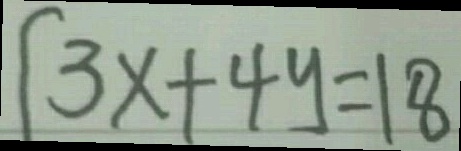
3 x + 4 y = 1 8